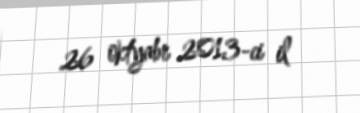
26 oktyabr 2013-ci il